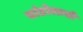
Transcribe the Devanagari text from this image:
चांडोलाची